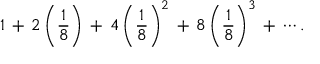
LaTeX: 1 \, + \, 2 \left( { \frac { 1 } { 8 } } \right) \, + \, 4 \left( { \frac { 1 } { 8 } } \right) ^ { 2 } \, + \, 8 \left( { \frac { 1 } { 8 } } \right) ^ { 3 } \, + \, \cdots .